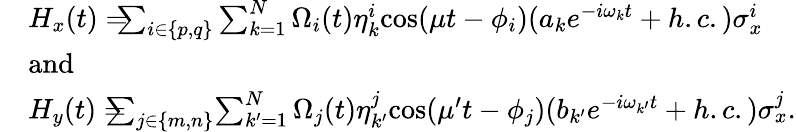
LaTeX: \begin{array}{rl}&{H_{x}(t)=\! \! \! \! \sum_{i\in\{ p,q\} }\sum_{k=1}^{N}\Omega_{i}(t)\eta_{k}^{i}\mathrm{cos}(\mu t-\phi_{i})(a_{k}e^{-i\omega_{k}t}+h.c.)\sigma_{x}^{i}}\\ &{\mathrm{and}}\\ &{H_{y}(t)=\! \! \! \! \! \! \sum_{j\in\{ m,n\} }\! \sum_{k^{\prime}=1}^{N}\Omega_{j}(t)\eta_{k^{\prime}}^{j}\mathrm{cos}(\mu^{\prime}t-\phi_{j})(b_{k^{\prime}}e^{-i\omega_{k^{\prime}}t}+h.c.)\sigma_{x}^{j}.}\end{array}